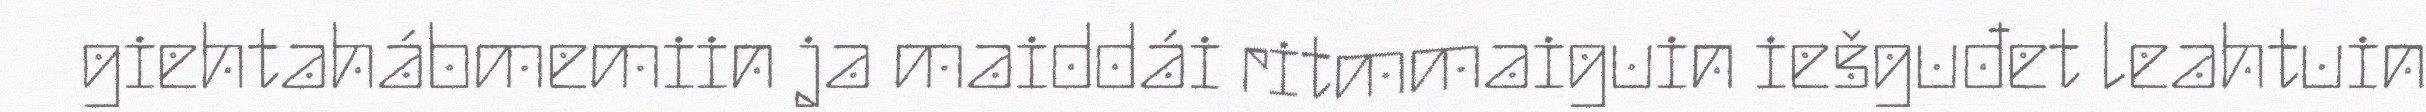
giehtahábmemiin ja maiddái ritmmaiguin iešguđet leahtuin